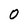
Character: 0